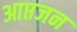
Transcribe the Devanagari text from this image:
आप्तजन